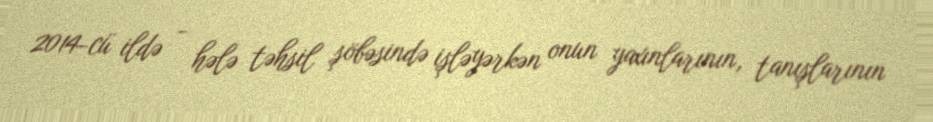
2014-cü ildə - hələ təhsil şöbəsində işləyərkən onun yaxınlarının, tanışlarının